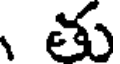
తు